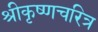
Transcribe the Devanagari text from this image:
श्रीकृष्णचरित्र